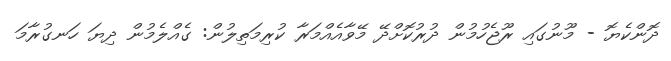
ދޮންކެޔޮ - މޫނުގައި ރޫޖެހުމުން ދުރުކޮށްދޭ މޭވާއެއްމަރާ ކުރިމަތިލުން: ގެއްލެމުން ދިޔަ ހަނގުރާމަ